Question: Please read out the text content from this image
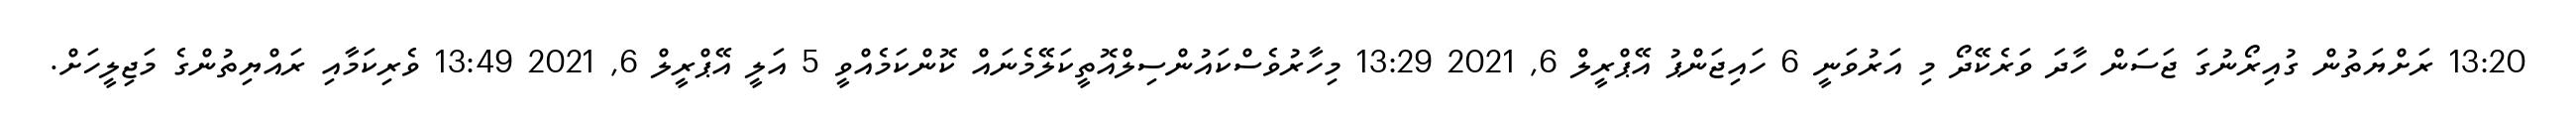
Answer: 13:20 ރަށްޔަތުން ގުއިރޯނުގަ ޖަސަން ހާދަ ވަރެކޭދޯ މި އަރުވަނީ 6 ހައިޖަންޕު އޭޕްރީލް 6, 2021 13:29 މިހާރުވެސްކައުންސިލްއޮތީކަލޭމެނައް ކޮންކަމެއްވީ 5 އަލީ އޭޕްރީލް 6, 2021 13:49 ވެރިކަމާއި ރައްޔިތުންގެ މަޖިލީހަށް.